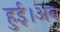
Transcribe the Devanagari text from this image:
हुई।अब